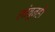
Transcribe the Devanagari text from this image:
लांबूनही